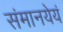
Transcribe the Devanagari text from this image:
संमानयेयं